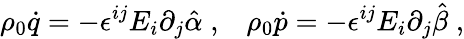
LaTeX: \rho_{0}\dot{q}=-\epsilon^{ij}E_{i}\partial_{j}\hat{\alpha}\; ,\; \; \; \rho_{0}\dot{p}=-\epsilon^{ij}E_{i}\partial_{j}\hat{\beta}\; ,